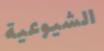
الشيوعية